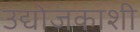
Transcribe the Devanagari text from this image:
उद्योजकाशी